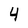
Character: 4